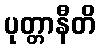
ပုတ္တာနီတိ